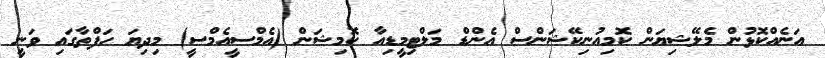
އަނެއްކޮޅުން މެލޭޝިޔަން ކޮމިއުނިކޭޝަންސް އެންޑް މަލްޓިމީޑިއާ ކޮމިޝަން (އެމްސީއެމްސީ) މިދިޔަ ހަފްތާގައި ވަނީ